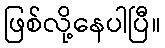
ဖြစ်လို့နေပါပြီ။